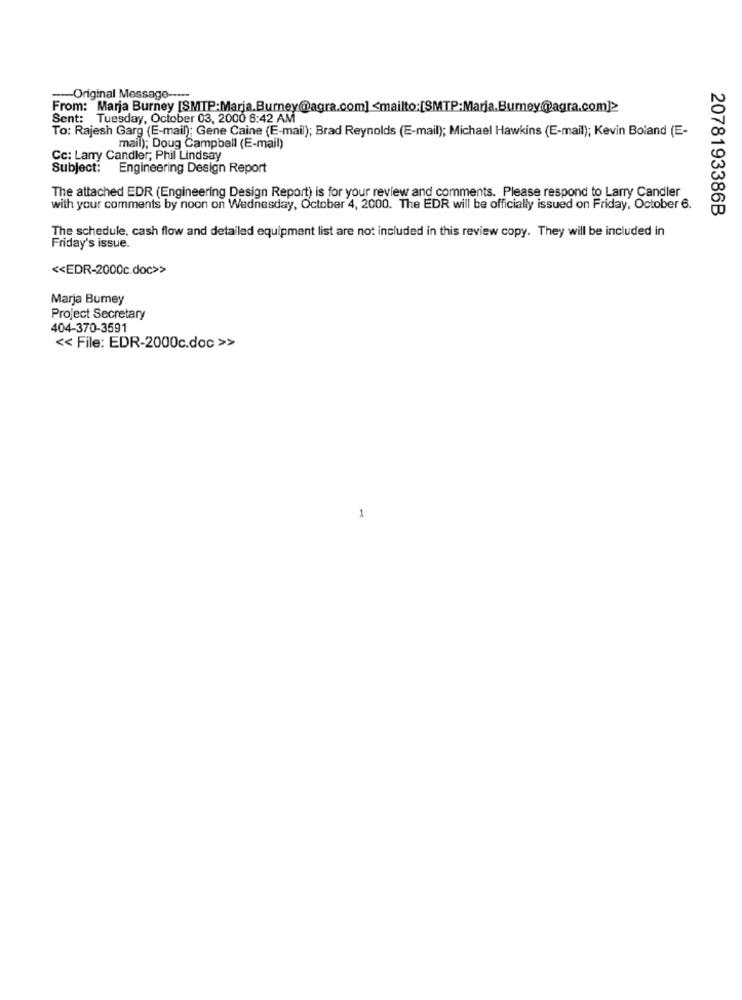
-Original Message -----
From: Marja Burney [SMTP:Marja.Burney@agra.com] <mailto:[SMTP:Marja.Burney@agra.com]>
Sent: Tuesday, October 03, 2000 6:42 AM
To: Rajesh Garg (E-mail); Gene Caine (E-mail); Brad Reynolds (E-mail); Michael Hawkins (E-mail); Kevin Boland (E-
mail); Doug Campbell (E-mail)
Cc: Lany Candler; Phil Lindsay
Subject: Engineering Design Report
The attached EDR (Engineering Design Report) is for your review and comments. Please respond to Larry Candler
with your comments by noon on Wednesday, October 4, 2000. The EDR will be officially issued on Friday, October 6.
2078193386B
The schedule, cash flow and detailed equipment list are not included in this review copy. They will be included in
Friday's issue.
<< EDR-2000c.doc>>
Marja Bumey
Project Secretary
404-370-3591
<< File: EDR-2000c.doc >>
1